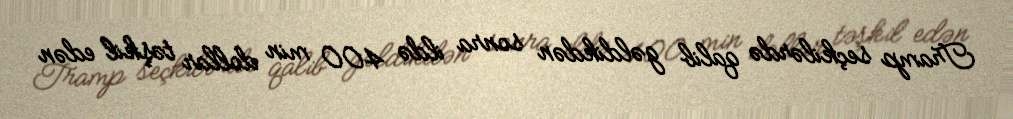
Tramp seçkilərdə qalib gəldikdən sonra ildə 400 min dollar təşkil edən